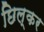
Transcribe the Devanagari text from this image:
छिल्कर